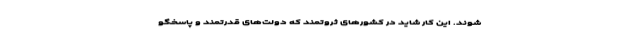
شوند. این کار شاید در کشورهای ثروتمند که دولت‌های قدرتمند و پاسخگو